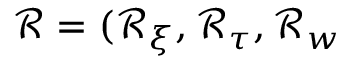
\mathcal { R } = ( \mathcal { R } _ { \xi } , \mathcal { R } _ { \tau } , \mathcal { R } _ { w }